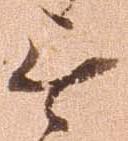
無